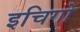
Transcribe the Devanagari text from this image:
इचिगो